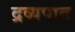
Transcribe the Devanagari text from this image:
द्रव्यपात